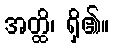
အတ္ထိ၊ ရှိ၏။